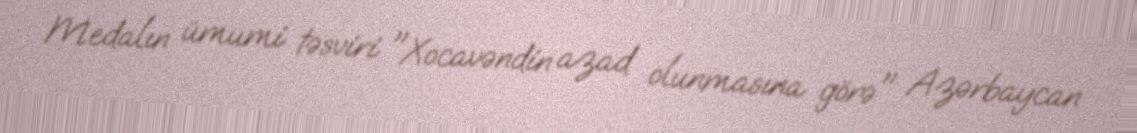
Medalın ümumi təsviri "Xocavəndin azad olunmasına görə" Azərbaycan